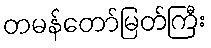
တမန်တော်မြတ်ကြီး